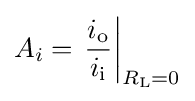
A_{i}=\left.{i_{\text{o}} \over i_{\text{i}}}\right|_{R_{\text{L}}=0}